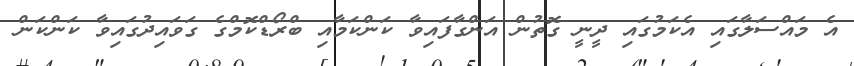
އެ މައްސަލާގައި އެކަމުގައި ދީނީ ގޮތުން އަންގާފައިވާ ކަންކަމާއި ބްރޯޑްކޮމްގެ ގަވައިދުގައިވާ ކަންކަން